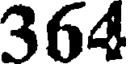
364